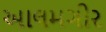
આલમગીર